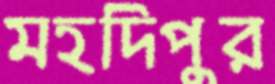
মহদিপুর